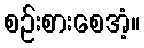
စဉ်းစားစေအံ့။